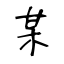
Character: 某